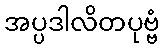
အပ္ပဒါလိတပုဗ္ဗံ